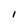
Character: I